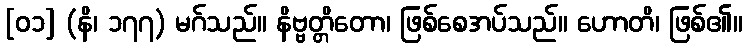
[၀၁] (နိ၊ ၁၇၇) မဂ်သည်။ နိဗ္ဗတ္တိတော၊ ဖြစ်စေအပ်သည်။ ဟောတိ၊ ဖြစ်၏။